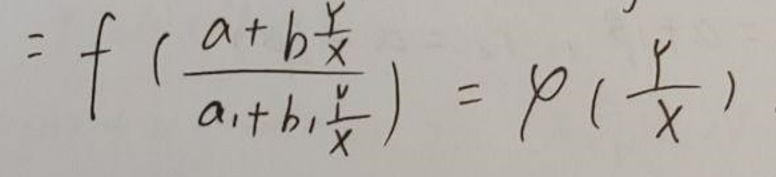
\[
= f\left(\frac{a + b\frac{y}{x}}{a_1 + b_1\frac{y}{x}}\right)=\varphi\left(\frac{y}{x}\right)
\]